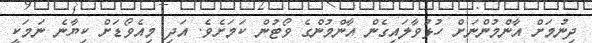
ދިނުމަށް އާންމުންނަށް ހުޅުވާލައިގެން އާންމުންގެ ވޯޓުން ކަމަށެވެ. އަދި މިއެވޯޑަށް ކިޔާނެ ނަމަކީ